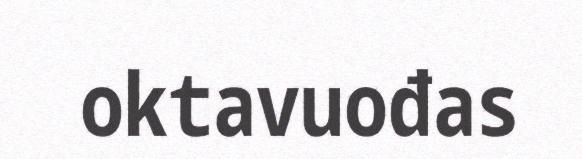
oktavuođas